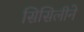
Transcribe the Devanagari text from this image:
सिसिलीने